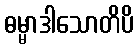
ဓမ္မာဒါသောတိပိ